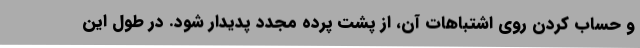
و حساب کردن روی اشتباهات آن، از پشت پرده مجدد پدیدار شود. در طول این